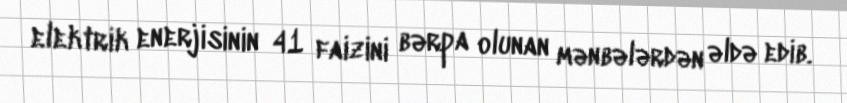
elektrik enerjisinin 41 faizini bərpa olunan mənbələrdən əldə edib.